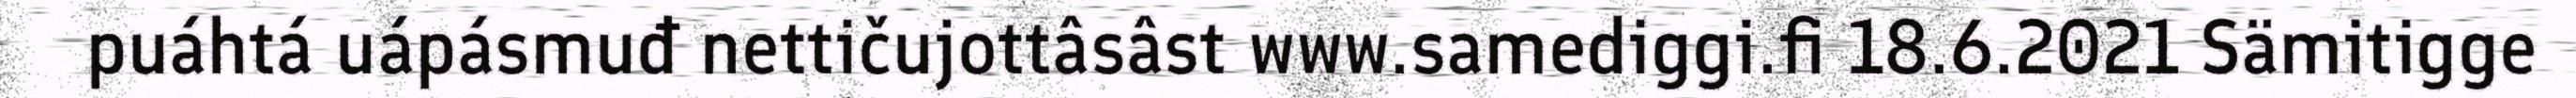
puáhtá uápásmuđ nettičujottâsâst www.samediggi.fi 18.6.2021 Sämitigge